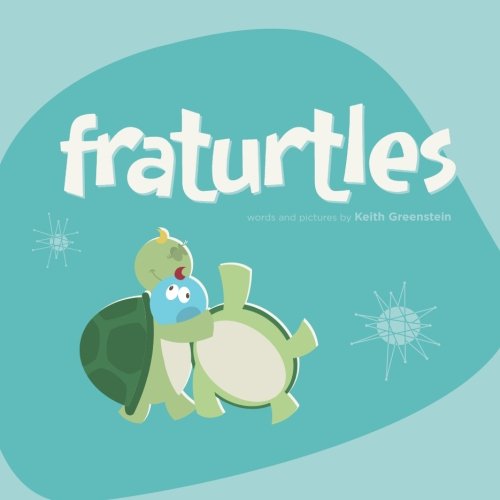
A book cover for Fraturtles; Keith Greenstein; Parenting & Relationships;